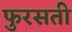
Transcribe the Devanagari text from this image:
फुरसती